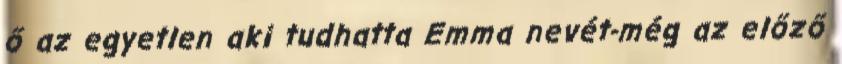
ő az egyetlen aki tudhatta Emma nevét-még az előző